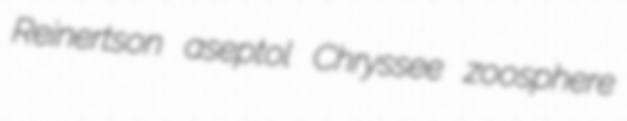
Reinertson aseptol Chryssee zoosphere